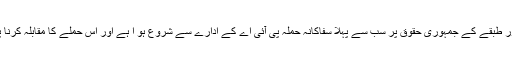
پی آئی اے کے مزدوروں پر بھاری ذمہ داری آن پڑی ہے کہ موجودہ ہنگامی حالات میں مزدور طبقے کے جمہوری حقوق پر سب سے پہلا سفاکانہ حملہ پی آئی اے کے ادارے سے شروع ہو ا ہے اور اس حملے کا مقابلہ کرنا پی آئی اے کے محنت کشوں کا صرف سیاسی ومعاشی ہی نہیں بلکہ طبقاتی فریضہ بن چکا ہے۔